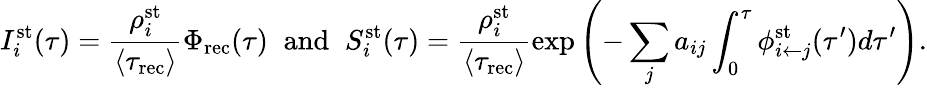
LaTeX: I_{i}^{\mathrm{st}}(\tau)=\frac{\rho_{i}^{\mathrm{st}}}{\langle\tau_{\mathrm{rec}}\rangle}\Phi_{\mathrm{\mathrm{rec}}}(\tau)\; \; \mathrm{and}\; \; S_{i}^{\mathrm{st}}(\tau)=\frac{\rho_{i}^{\mathrm{st}}}{\langle\tau_{\mathrm{rec}}\rangle}\exp{\left(-\sum_{j}a_{ij}\int_{0}^{\tau}\phi_{i\leftarrow j}^{\mathrm{st}}(\tau^{\prime})d\tau^{\prime}\right)}.